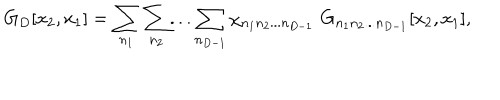
LaTeX: G _ { D } [ x _ { 2 } , x _ { 1 } ] = \sum _ { n _ { 1 } } \sum _ { n _ { 2 } } . . . \sum _ { n _ { D - 1 } } \chi _ { n _ { 1 } n _ { 2 } . . . n _ { D - 1 } } \, \, G _ { n _ { 1 } n _ { 2 } . . . n _ { D - 1 } } [ x _ { 2 } , x _ { 1 } ] ,